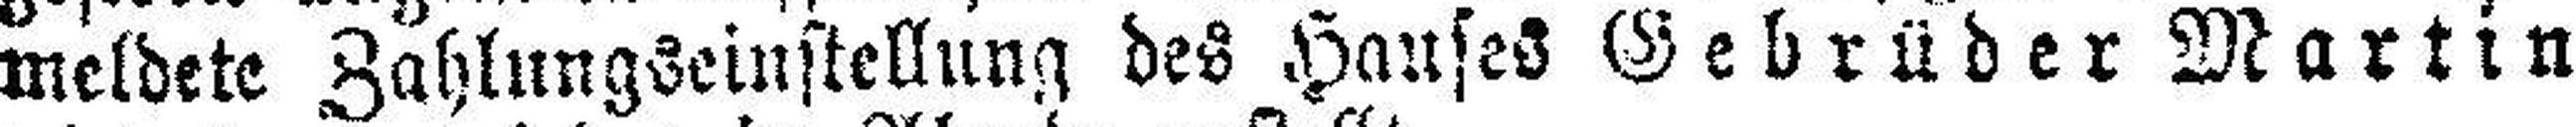
meldete Zahlungseinstellung des Hauses Gebrüder Martin